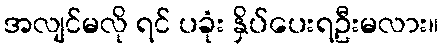
အလျင်မလို ရင် ပခုံး နှိပ်ပေးရဦးမလား။